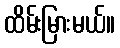
ထိမ်းမြားမယ်။